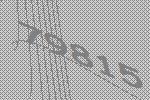
79815